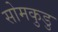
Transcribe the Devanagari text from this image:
सोमकुडु